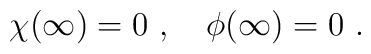
\chi(\infty)=0 \ , \quad \phi(\infty)=0\ .